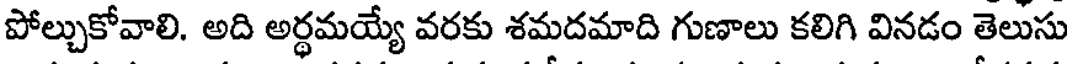
పోల్చుకోవాలి. అది అర్ధమయ్యే వరకు శమదమాది గుణాలు కలిగి వినడం తెలుసు